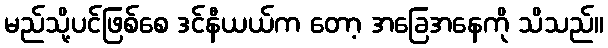
မည်သို့ပင်ဖြစ်စေ ဒင်နီယယ်က တော့ အခြေအနေကို သိသည်။